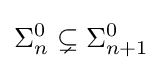
\Sigma _{n}^{0}\subsetneq \Sigma _{n+1}^{0}